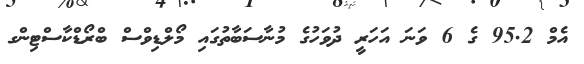
އެމް 95.2 ގެ 6 ވަނަ އަހަރީ ދުވަހުގެ މުނާސަބާތުގައި މޯލްޑިވްސް ބްރޯޑްކާސްޓިންގ